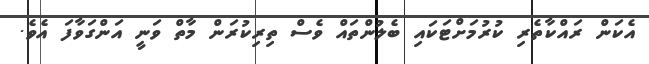
އެކަން ރައްކާތެރި ކުރުމަށްޓަކައި ބެލުންތައް ވެސް ތިރިކުރަން މާތް ވަނީ އަންގަވާފަ އެވެ.